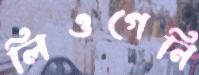
লিওগেনি